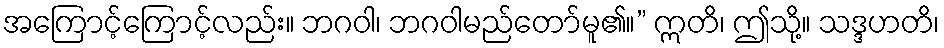
အကြောင့်ကြောင့်လည်း။ ဘဂဝါ၊ ဘဂဝါမည်တော်မူ၏။” ဣတိ၊ ဤသို့။ သဒ္ဒဟတိ၊